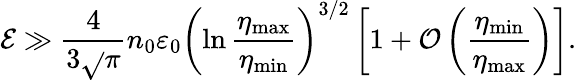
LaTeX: \mathcal{E}\gg\frac{{4}}{{3\sqrt{}{{\pi}}}}n_{0}\varepsilon_{0}\left(\ln\frac{{\eta_{\mathrm{{max}}}}}{{\eta_{\mathrm{{min}}}}}\right)^{3/2}\left[1+\mathcal{{O}}\left(\frac{{\eta_{\mathrm{{min}}}}}{{\eta_{\mathrm{{max}}}}}\right)\right].